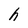
Character: h